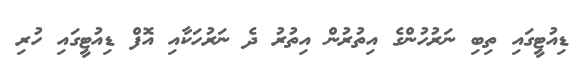
ޑިއުޓީގައި ތިބި ނަރުހުންގެ އިތުރުން އިތުރު ދެ ނަރުހަކާއި އޮފް ޑިއުޓީގައި ހުރި